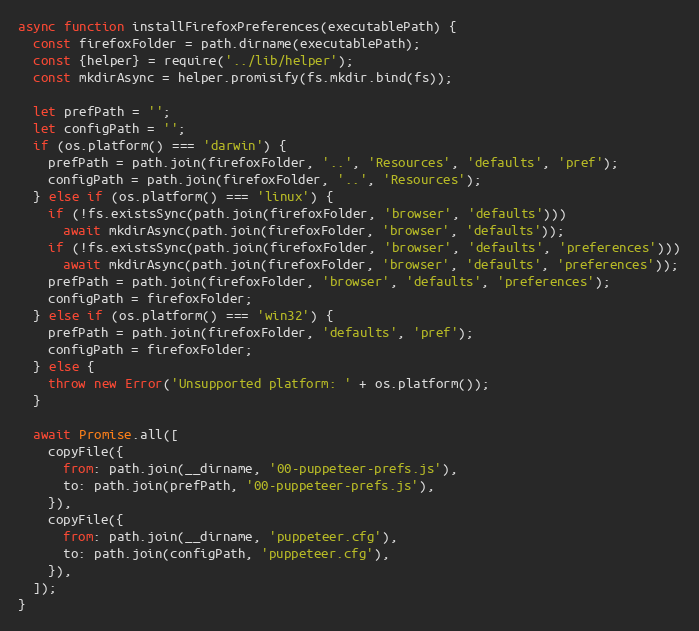
Language: JavaScript
async function installFirefoxPreferences(executablePath) {
  const firefoxFolder = path.dirname(executablePath);
  const {helper} = require('../lib/helper');
  const mkdirAsync = helper.promisify(fs.mkdir.bind(fs));

  let prefPath = '';
  let configPath = '';
  if (os.platform() === 'darwin') {
    prefPath = path.join(firefoxFolder, '..', 'Resources', 'defaults', 'pref');
    configPath = path.join(firefoxFolder, '..', 'Resources');
  } else if (os.platform() === 'linux') {
    if (!fs.existsSync(path.join(firefoxFolder, 'browser', 'defaults')))
      await mkdirAsync(path.join(firefoxFolder, 'browser', 'defaults'));
    if (!fs.existsSync(path.join(firefoxFolder, 'browser', 'defaults', 'preferences')))
      await mkdirAsync(path.join(firefoxFolder, 'browser', 'defaults', 'preferences'));
    prefPath = path.join(firefoxFolder, 'browser', 'defaults', 'preferences');
    configPath = firefoxFolder;
  } else if (os.platform() === 'win32') {
    prefPath = path.join(firefoxFolder, 'defaults', 'pref');
    configPath = firefoxFolder;
  } else {
    throw new Error('Unsupported platform: ' + os.platform());
  }

  await Promise.all([
    copyFile({
      from: path.join(__dirname, '00-puppeteer-prefs.js'),
      to: path.join(prefPath, '00-puppeteer-prefs.js'),
    }),
    copyFile({
      from: path.join(__dirname, 'puppeteer.cfg'),
      to: path.join(configPath, 'puppeteer.cfg'),
    }),
  ]);
}